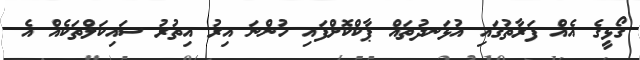
ގޯޅީގެ އެއް ފަރާތުގައި އުޅަނދުތައް ޕާކްކޮށްފައި ހުންނަ އިރު އިތުރު ސައިކަލްތަކެއް އެ